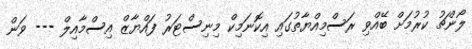
ލޯންޗު ކުރުމަށް ބޭއްވި ރަސްމިއްޔާތުގައި އިކޮނަމިކް މިނިސްޓަރު ފައްޔާޒް އިސްމާއިލް --- ވަން